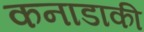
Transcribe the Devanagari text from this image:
कनाडाकी